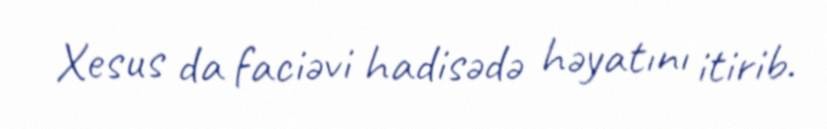
Xesus da faciəvi hadisədə həyatını itirib.